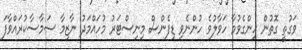
ވަގުތީ ގޮތުން ހިންގެވުމާ ހަވާލުވެ ހުންނެވި ޑިފެންސް މިނިސްޓަރު މުހައްމަދު ނާޒިމާ ސަމާސާކުރައްވާފަ